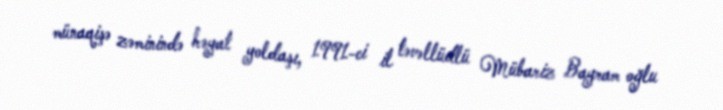
münaqişə zəminində həyat yoldaşı, 1991-ci il təvəllüdlü Mübariz Bayram oğlu